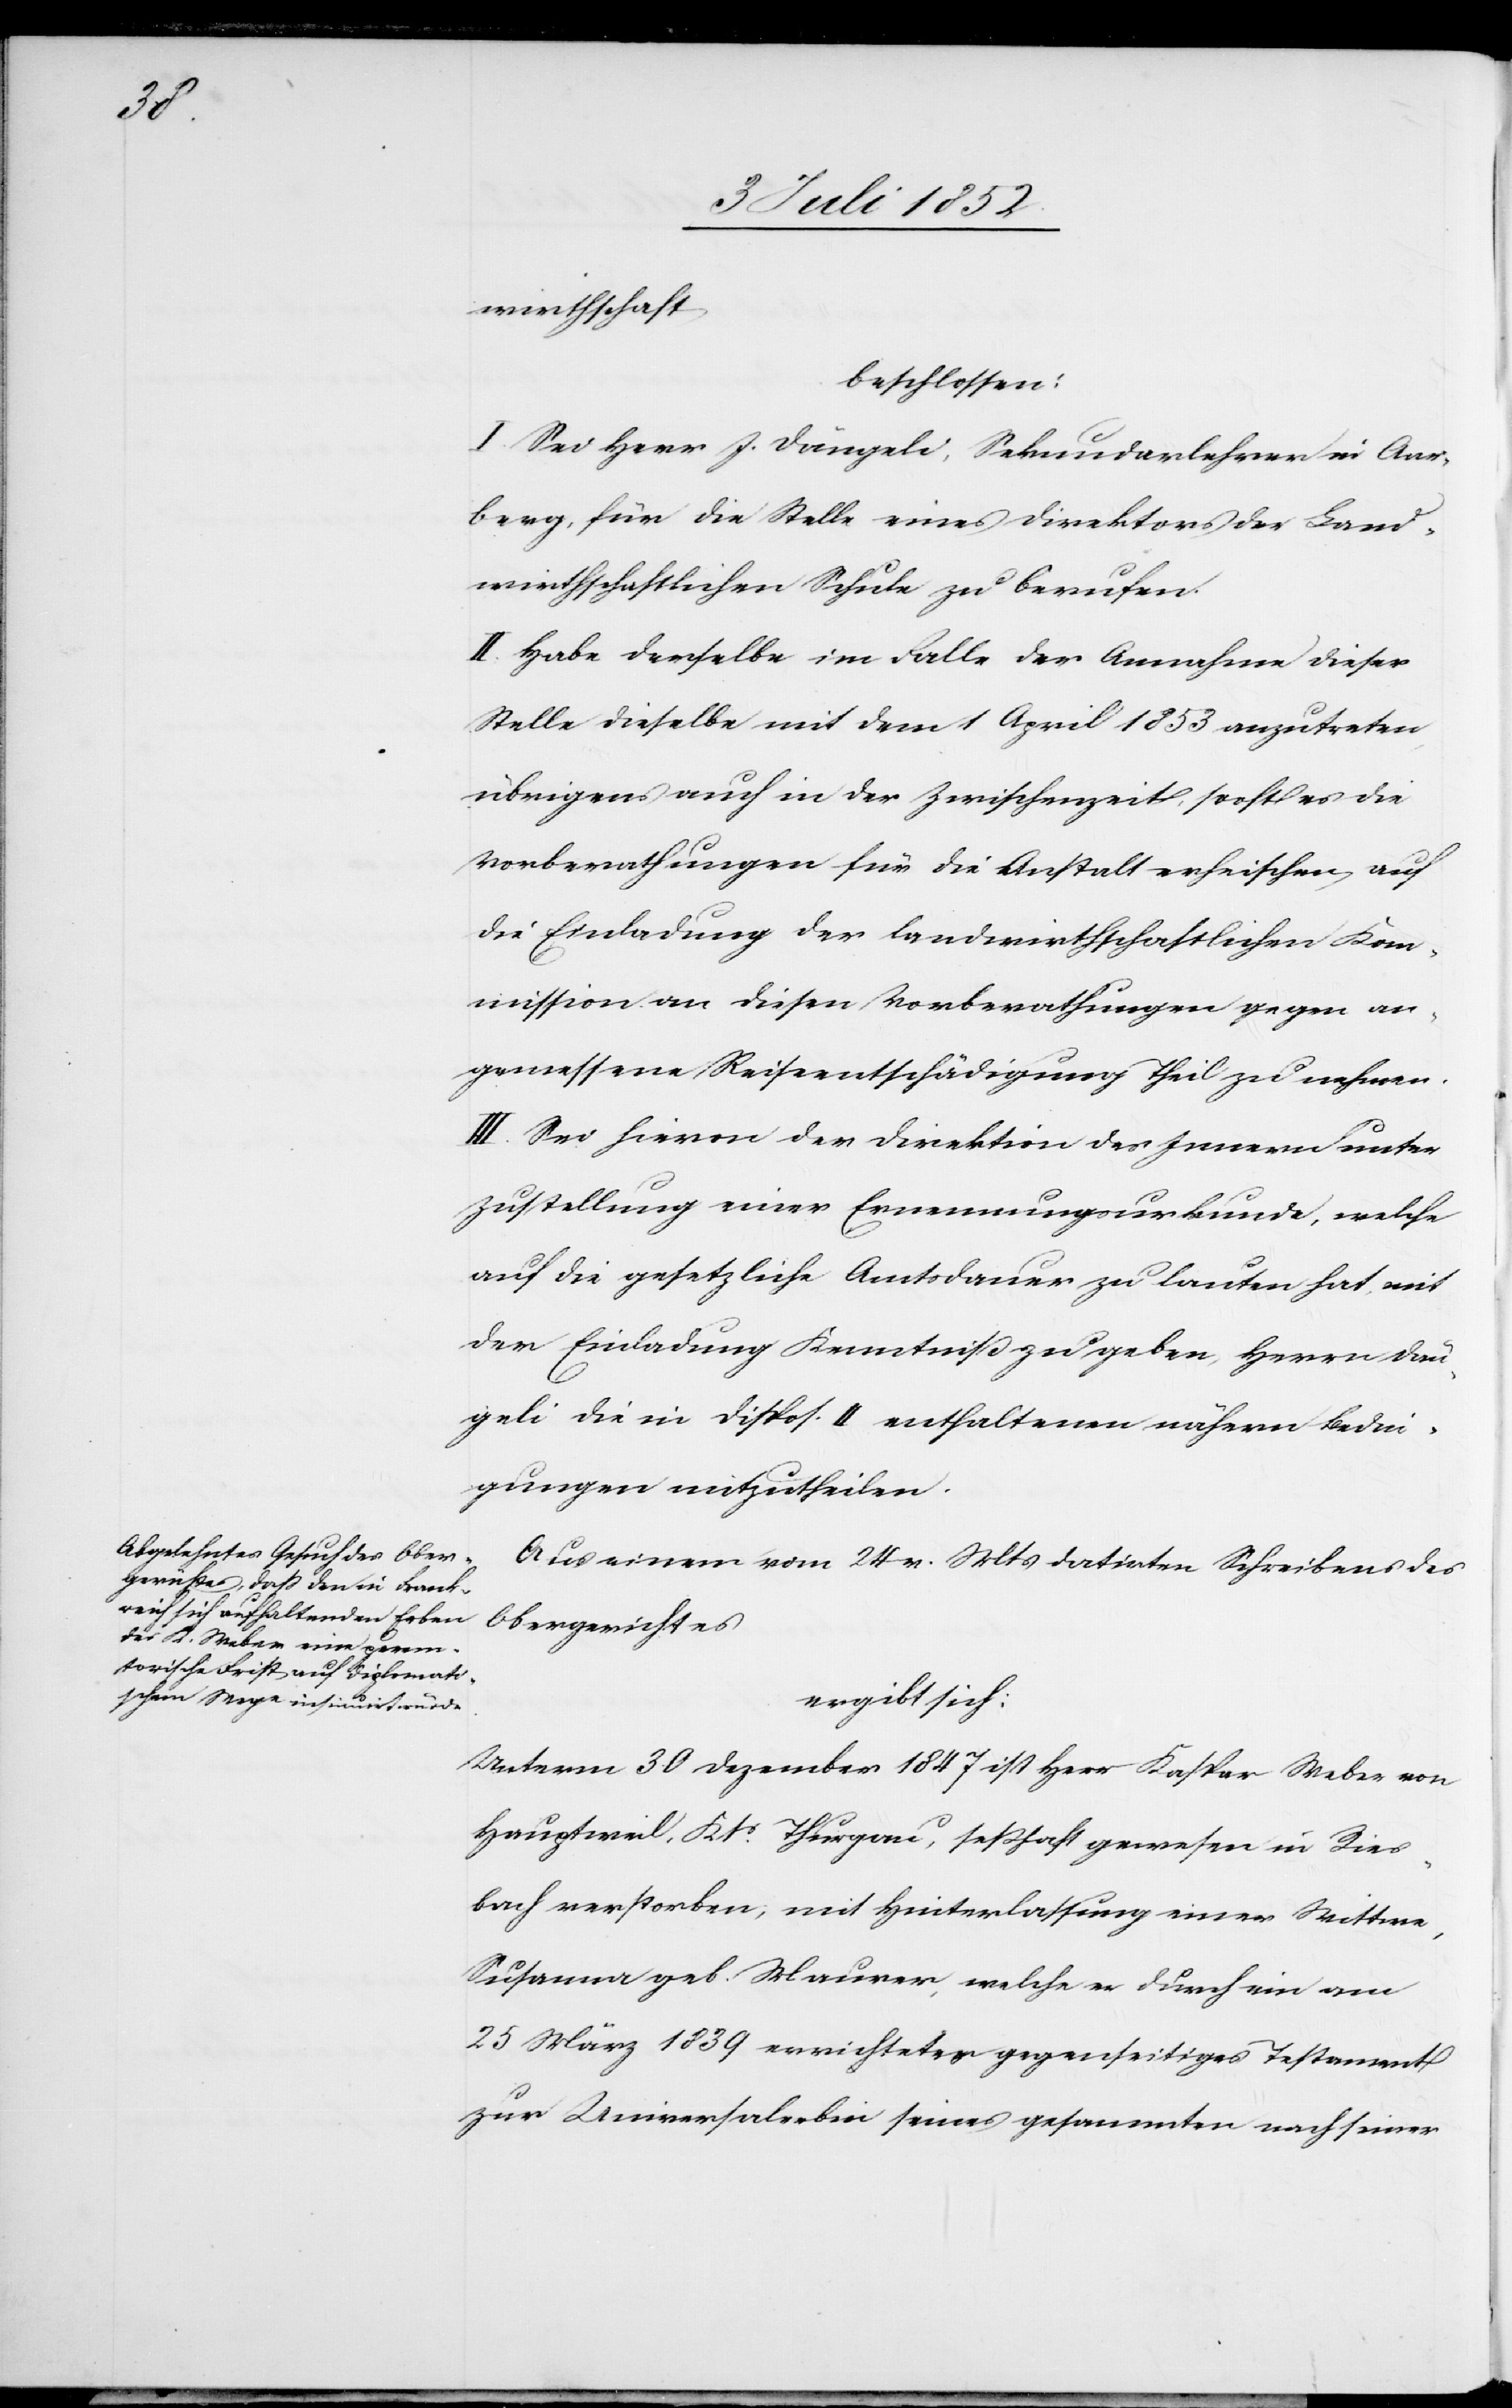
des

wirthschaft
beschlossen:
I. Sei Herr J. Dängeli, Sekundarlehrer in Aar¬
berg, für die Stelle eines Direktors der Land¬
wirthschaftlichen Schule zu berufen.
II. Habe derselbe im Falle der Annahme dieser
Stelle dieselbe mit dem 1 April 1853 anzutreten,
übrigens auch in der Zwischenzeit, sooft es die
Vorberathungen für die Anstalt erheischen auf
die Einladung der landwirthschaftlichen Kom¬
mission an diesen Vorberathungen gegen an¬
gemessene Reiseentschädigung Theil zu nehmen.
III. Sei hievon der Direktion des Innern unter
Zustellung einer Ernennungsurkunde, welche
auf die gesetzliche Amtsdauer zu lauten hat, mit
der Einladung Kenntniß zu geben, Herrn Dän¬
geli die in Dispos. II enthaltenen nähern Bedin¬
gungen mitzutheilen.
Aus einem vom 24 v. Mts datirten Schreibens
Obergerichtes
ergibt sich:
Unterm 30 Dezember 1847 ist Herr Kaspar Weber von
Hauptweil, Kts. Thurgau, seßhaft gewesen in Ries¬
bach verstorben; mit Hinterlassung einer Wittwe,
Susanna geb. Maurer, welche er durch ein am
25 März 1839 errichtetes gegenseitiges Testament
zur Universalerbin seines gesammten nach seiner